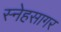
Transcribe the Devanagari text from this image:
स्नेहसागर